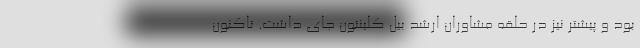
بود و پیشتر نیز در حلقه مشاوران ارشد بیل کلینتون جای داشت. تاکنون